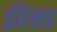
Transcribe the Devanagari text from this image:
ईरेला